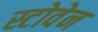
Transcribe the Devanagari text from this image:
स्टोवेन